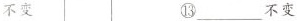
不变⑬___不变